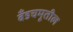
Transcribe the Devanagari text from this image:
बँडचमूतील